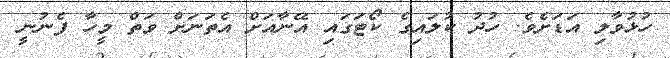
ހުޅުވާލި އަޑަށެވެ. ހުދު ކުލައިގެ ކޯޓަގައި އޭނާއަށް އެތަނަށް ވަތް މީހާ ފެނުނީ